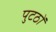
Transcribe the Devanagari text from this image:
पुटठों